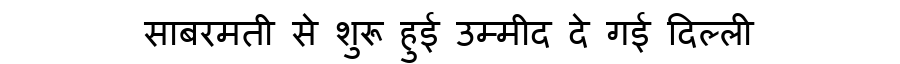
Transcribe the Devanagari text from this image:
साबरमती से शुरू हुई उम्मीद दे गई दिल्ली